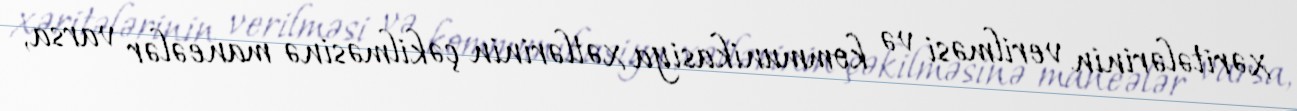
xəritələrinin verilməsi və kommunikasiya xətlərinin çəkilməsinə maneələr varsa,